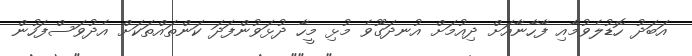
އަބަދު ހޮޑުލެވުމާއި ފާހާނާއަށް ދިއުމަށް އުނދަގޫވެ މުޅި މީހާ ދުޅަވުންފަދަ ކަންތައްތަކަށް އެދުވަސްފަހުން